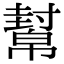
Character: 幫